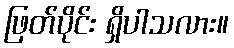
ဖြတ်ပိုင်း ရှိပါသလား။